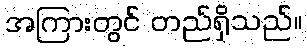
အကြားတွင် တည်ရှိသည်။